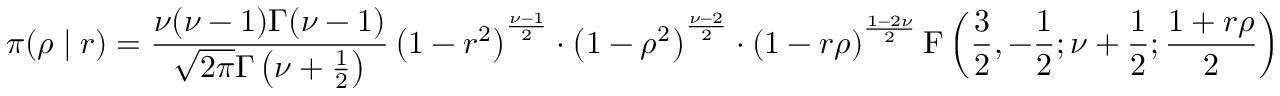
\pi ( \rho \mid r ) = { \frac { \nu ( \nu - 1 ) \Gamma ( \nu - 1 ) } { { \sqrt { 2 \pi } } \Gamma \left( \nu + { \frac { 1 } { 2 } } \right) } } \left( 1 - r ^ { 2 } \right) ^ { \frac { \nu - 1 } { 2 } } \cdot \left( 1 - \rho ^ { 2 } \right) ^ { \frac { \nu - 2 } { 2 } } \cdot \left( 1 - r \rho \right) ^ { \frac { 1 - 2 \nu } { 2 } } \operatorname { F } \left( { \frac { 3 } { 2 } } , - { \frac { 1 } { 2 } } ; \nu + { \frac { 1 } { 2 } } ; { \frac { 1 + r \rho } { 2 } } \right)